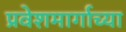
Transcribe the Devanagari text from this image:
प्रवेशमार्गाच्या